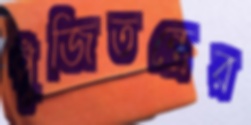
পুঁজিতন্ত্রের